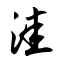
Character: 洼